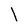
Character: l